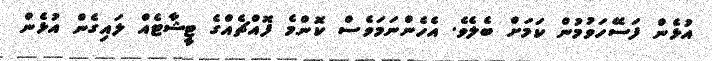
އުޅެން ފަސޭހަވުމުން ކަމަށް ބެލެވެ. އެހެންނަމަވެސް ކޮންމެ ފޮއްޗެއްގެ ޓީޝާޓެއް ލައިގެން އުޅެން